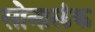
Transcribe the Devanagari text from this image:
सोनालंक